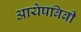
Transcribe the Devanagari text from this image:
आयेषबिबी